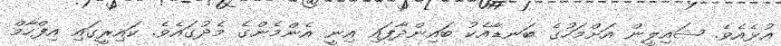
އުޅެއެވެ. ޝައިލީން އަށްމަހުގެ ބަނޑާއެކު ބައިންދާފައި އިނީ އެންމެންގެ މެދުގައެވެ. ކައިރީގައި އިފްހާމް